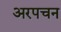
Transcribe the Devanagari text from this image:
अरपचन